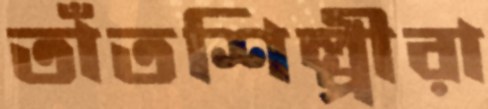
তাঁতশিল্পীরা